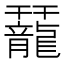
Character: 䶬